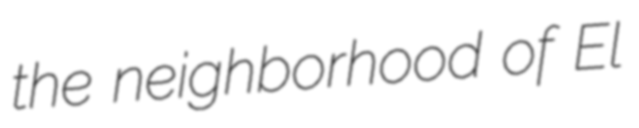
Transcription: the neighborhood of El